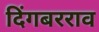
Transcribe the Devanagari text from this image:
दिंगबरराव